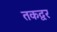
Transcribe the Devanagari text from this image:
तकद्वर